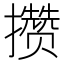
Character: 攒